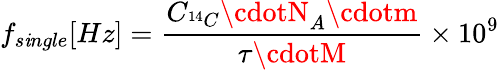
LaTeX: f_{s\mathit{i}ngle}[Hz]=\frac{{C_{^{14}C}\cdotN_{A}\cdotm}}{{\tau\cdotM}}\times10^{9}